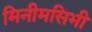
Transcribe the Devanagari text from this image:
मिनीमसिभी